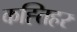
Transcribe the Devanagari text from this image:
कह्तिहर